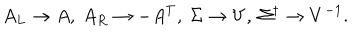
LaTeX: A _ { L } \to A , \ A _ { R } \to - A ^ { T } , \ \Sigma \to V , \ \Sigma ^ { \dagger } \to V ^ { - 1 } .